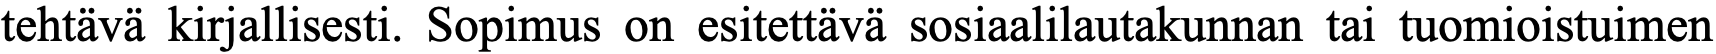
tehtävä kirjallisesti. Sopimus on esitettävä sosiaalilautakunnan tai tuomioistuimen